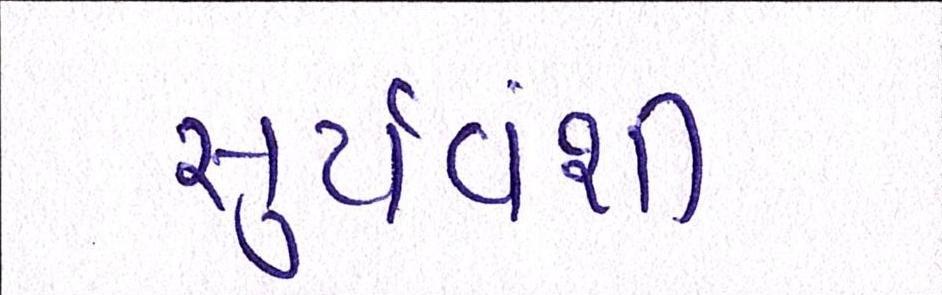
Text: સુર્યવંશી